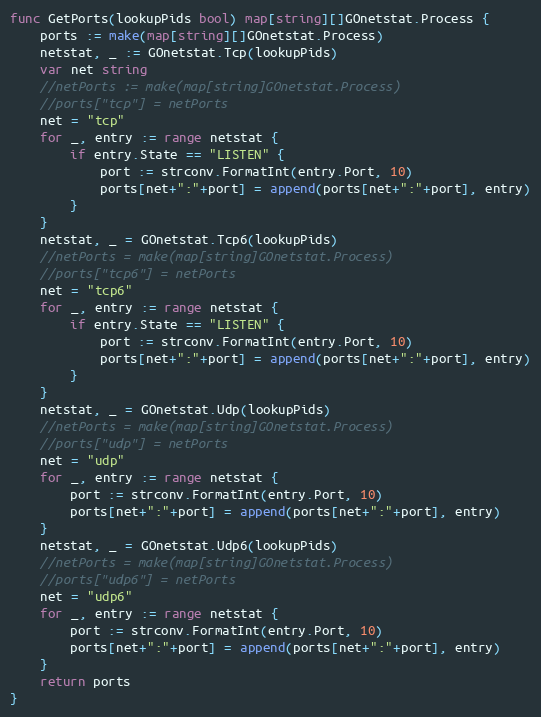
Language: Go
func GetPorts(lookupPids bool) map[string][]GOnetstat.Process {
	ports := make(map[string][]GOnetstat.Process)
	netstat, _ := GOnetstat.Tcp(lookupPids)
	var net string
	//netPorts := make(map[string]GOnetstat.Process)
	//ports["tcp"] = netPorts
	net = "tcp"
	for _, entry := range netstat {
		if entry.State == "LISTEN" {
			port := strconv.FormatInt(entry.Port, 10)
			ports[net+":"+port] = append(ports[net+":"+port], entry)
		}
	}
	netstat, _ = GOnetstat.Tcp6(lookupPids)
	//netPorts = make(map[string]GOnetstat.Process)
	//ports["tcp6"] = netPorts
	net = "tcp6"
	for _, entry := range netstat {
		if entry.State == "LISTEN" {
			port := strconv.FormatInt(entry.Port, 10)
			ports[net+":"+port] = append(ports[net+":"+port], entry)
		}
	}
	netstat, _ = GOnetstat.Udp(lookupPids)
	//netPorts = make(map[string]GOnetstat.Process)
	//ports["udp"] = netPorts
	net = "udp"
	for _, entry := range netstat {
		port := strconv.FormatInt(entry.Port, 10)
		ports[net+":"+port] = append(ports[net+":"+port], entry)
	}
	netstat, _ = GOnetstat.Udp6(lookupPids)
	//netPorts = make(map[string]GOnetstat.Process)
	//ports["udp6"] = netPorts
	net = "udp6"
	for _, entry := range netstat {
		port := strconv.FormatInt(entry.Port, 10)
		ports[net+":"+port] = append(ports[net+":"+port], entry)
	}
	return ports
}